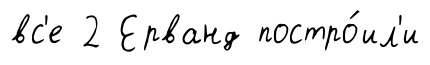
вс'е 2 Ерванд постро́ил'и